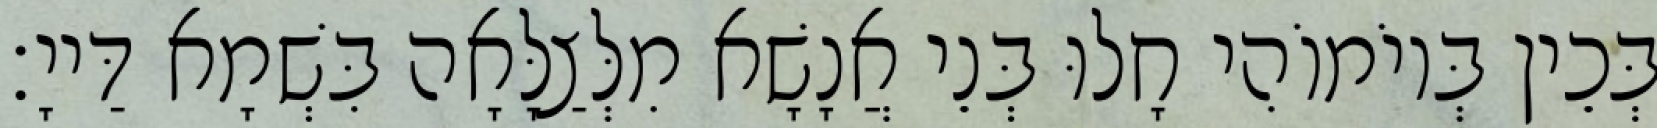
בְּכֵין בְּיוֹמוֹהִי חָלוּ בְּנֵי אֲנָשָׁא מִלְּצַלָּאָה בִּשְׁמָא דַּייָ׃